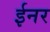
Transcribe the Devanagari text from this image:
ईनर